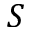
S